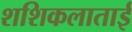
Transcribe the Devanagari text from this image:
शशिकलाताई